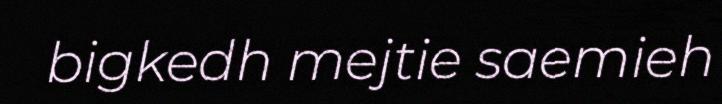
bigkedh mejtie saemieh